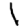
Digit: 1